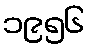
၁၉၅၆